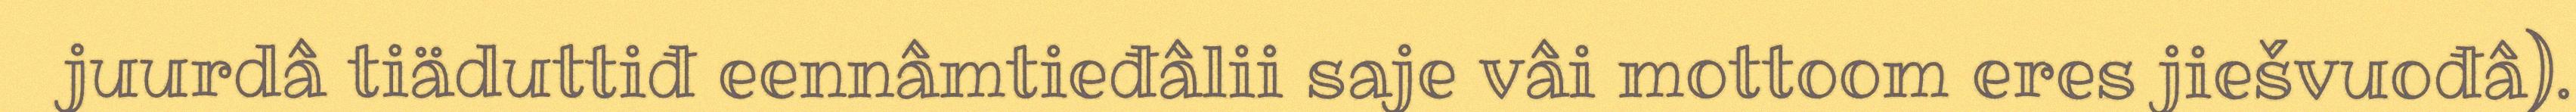
juurdâ tiäduttiđ eennâmtieđâlii saje vâi mottoom eres jiešvuođâ).